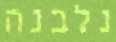
נלבנה